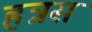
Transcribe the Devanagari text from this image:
हन्नस